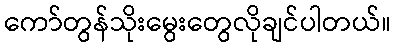
ကော်တွန်သိုးမွေးတွေလိုချင်ပါတယ်။